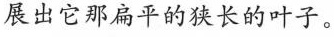
展出它那扁平的狭长的叶子。